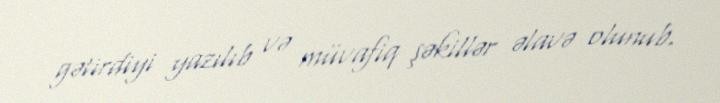
gətirdiyi yazılıb və müvafiq şəkillər əlavə olunub.